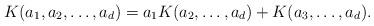
LaTeX: \begin{align*} K(a_1,a_2,\ldots,a_d)&=a_1K(a_2,\ldots,a_d)+K(a_3,\ldots,a_d).\end{align*}